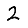
Digit: 2